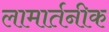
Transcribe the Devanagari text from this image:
लामार्तनीक